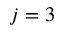
j = 3